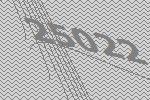
25022